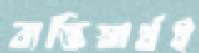
ব্যক্তিস্বার্থই